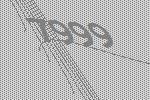
7999